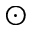
\odot